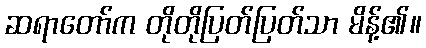
ဆရာတော်က တိုတိုပြတ်ပြတ်သာ မိန့်၏။